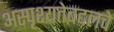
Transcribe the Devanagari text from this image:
अस्पृश्यतेबद्दलचे